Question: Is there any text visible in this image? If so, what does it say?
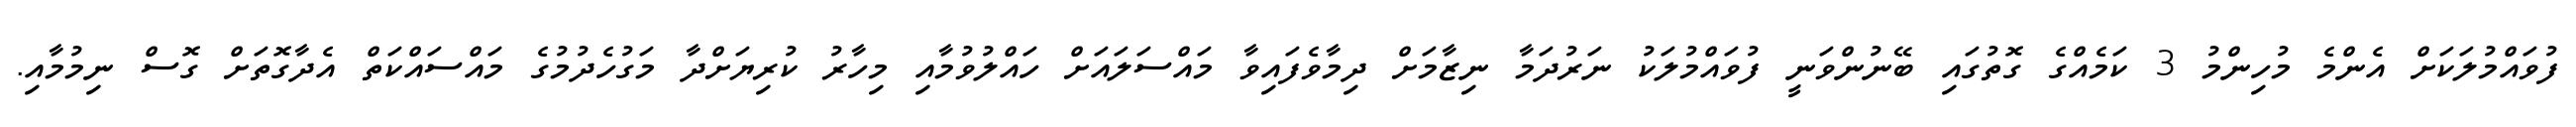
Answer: ފުވައްމުލަކަށް އެންމެ މުހިންމު 3 ކަމެއްގެ ގޮތުގައި ބޭނުންވަނީ ފުވައްމުލަކު ނަރުދަމާ ނިޒާމަށް ދިމާވެފައިވާ މައްސަލައަށް ހައްލުވުމާއި މިހާރު ކުރިޔަށްދާ މަގުހެދުމުގެ މައްސައްކަތް އެދާގޮތަށް ގޮސް ނިމުމާއި.